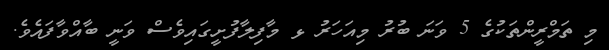
މި ތަމްރީންތަކުގެ 5 ވަނަ ބުރު މިއަހަރު ޅ މާފިލާފުށީގައިވެސް ވަނީ ބާއްވާފައެވެ.